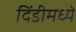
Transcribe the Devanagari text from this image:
दिंडीमध्ये